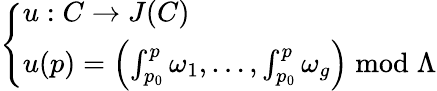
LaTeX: \left\{ \begin{array}{ll}{u:C\to J(C)}\\ {u(p)=\left(\int_{p_{0}}^{p}\omega_{1},\dots,\int_{p_{0}}^{p}\omega_{g}\right){\bmod{\Lambda}}}\end{array}\right.